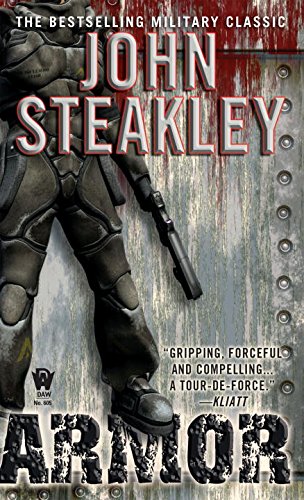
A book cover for Armor; John Steakley; Science Fiction & Fantasy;